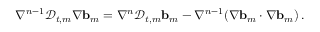
\nabla ^ { n - 1 } \mathscr { D } _ { t , m } \nabla \ensuremath { \mathbf { b } } _ { m } = \nabla ^ { n } \mathscr { D } _ { t , m } \ensuremath { \mathbf { b } } _ { m } - \nabla ^ { n - 1 } \mathopen { } \mathclose \bgroup \left( \nabla \ensuremath { \mathbf { b } } _ { m } \cdot \nabla \ensuremath { \mathbf { b } } _ { m } \aftergroup \egroup \right) \, .